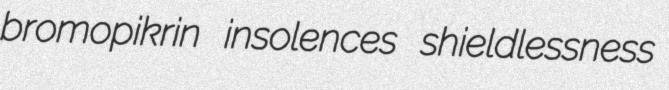
bromopikrin insolences shieldlessness